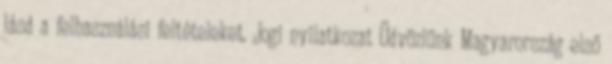
lásd a felhasználási feltételeket. Jogi nyilatkozat Üdvözlünk Magyarország első